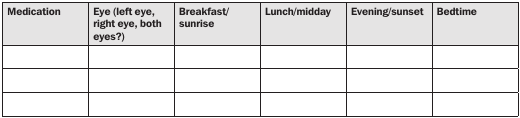
| Medication | Eye (left eye, right eye, both eyes?) | Breakfast/ sunrise | Lunch/midday | Evening/sunset | Bedtime |
 | --- | --- | --- | --- | --- | --- |